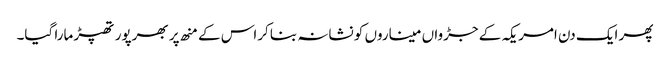
پھر ایک دن امریکہ کے جڑواں میناروں کو نشانہ بنا کراس کے منھ پر بھرپور تھپڑ مارا گیا۔